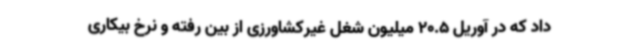
داد که در آوریل 20.5 میلیون شغل غیرکشاورزی از بین رفته و نرخ بیکاری